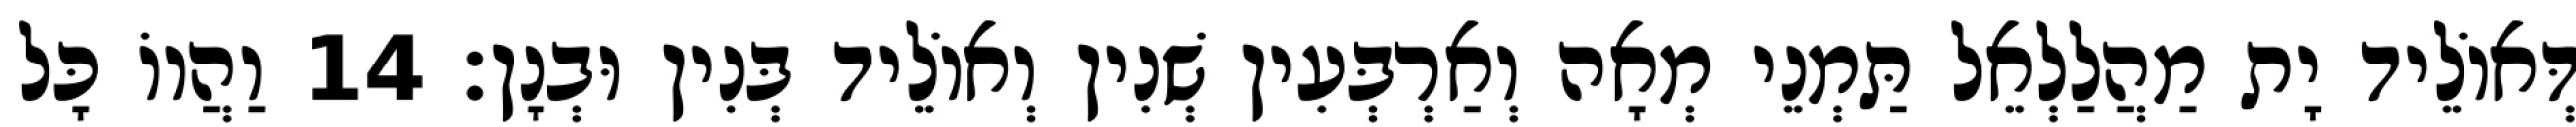
דְּאוֹלֵיד יָת מַהֲלַלְאֵל תַּמְנֵי מְאָה וְאַרְבְּעִין שְׁנִין וְאוֹלֵיד בְּנִין וּבְנָן׃ 14 וַהֲווֹ כָּל